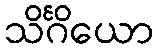
သိင်္ဂိယော